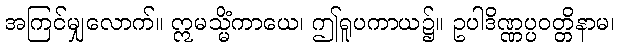
အကြင်မျှလောက်။ ဣမသ္မိံကာယေ၊ ဤရူပကာယ၌။ ဥပါဒိဏ္ဏပ္ပဝတ္တိနာမ၊